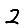
Digit: 2